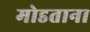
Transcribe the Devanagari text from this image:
मोडताना